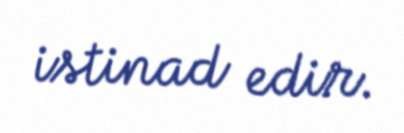
istinad edir.